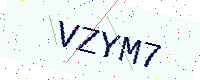
Text: VZYM7